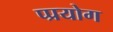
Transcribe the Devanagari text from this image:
प्प्रयोग